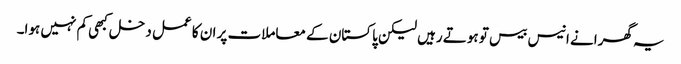
یہ گھرانے انیس بیس تو ہوتے رہیں لیکن پاکستان کے معاملات پر ان کا عمل دخل کبھی کم نہیں ہوا۔